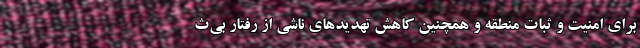
برای امنیت و ثبات منطقه و همچنین کاهش تهدیدهای ناشی از رفتار بی‌ث